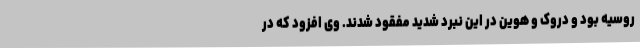
روسیه بود و دروک و هوین در این نبرد شدید مفقود شدند. وی افزود که در